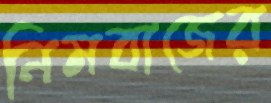
নিমবাজের